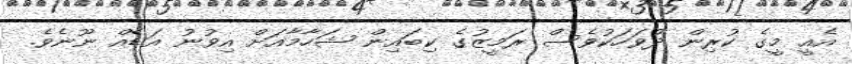
އެއީ މީގެ ކުރިން ދުވަހަކުވެސް ރަމީޒުގެ ކިބައިން ޝަހާމާއަށް އިވުނު އަޑެއް ނޫނެވެ.